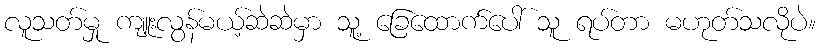
လူသတ်မှု ကျူးလွန်မယ့်ဆဲဆဲမှာ သူ့ ခြေထောက်ပေါ် သူ ရပ်တာ မဟုတ်သလိုပဲ။